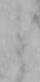
と